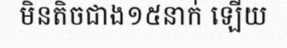
មិនតិចជាង១៥នាក់ ឡើយ